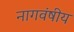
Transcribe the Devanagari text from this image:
नागवंषीय